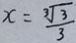
x = \frac { \sqrt [ 3 ] { 3 } } { 3 }